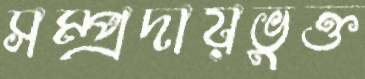
সম্প্রদায়ভুক্ত